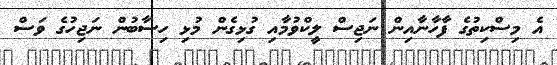
އެ މިސްކިތުގެ ފާހާނާއިން ނަޖިސް ލީކްވުމާއި ގުޅިގެން މުޅި ހިސާބުން ނަޖިހުގެ ވަސް